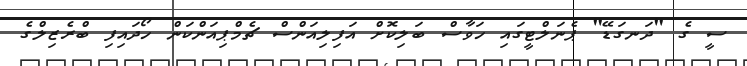
ސީ ގެ "ދަނގަޑޭ" ޕެނަލްޓީގައި ހަވާސް ބަލިކޮށް އަފިލިއަންސް ޗެމްޕިއަންކަން ހޯދައިފި ބްރެޒިލްގެ